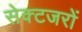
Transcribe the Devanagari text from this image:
सेक्टजरों